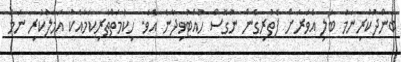
ބަންދުކުރިނަމަ ބަލި އެވަރަށް ފެތުރިގެން ނުގޮސް ހުއްޓުވިދާނެ އެވެ. ހިކުމަތްތެރިކަމާއެކު އަމަލުކުރި ނަމަ